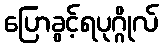
ပြောခွင့်ရပုဂ္ဂိုလ်